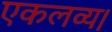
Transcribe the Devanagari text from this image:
एकलव्य।